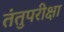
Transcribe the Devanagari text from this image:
तंतुपरीक्षा